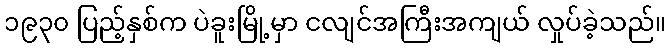
၁၉၃၀ ပြည့်နှစ်က ပဲခူးမြို့မှာ ငလျင်အကြီးအကျယ် လှုပ်ခဲ့သည်။